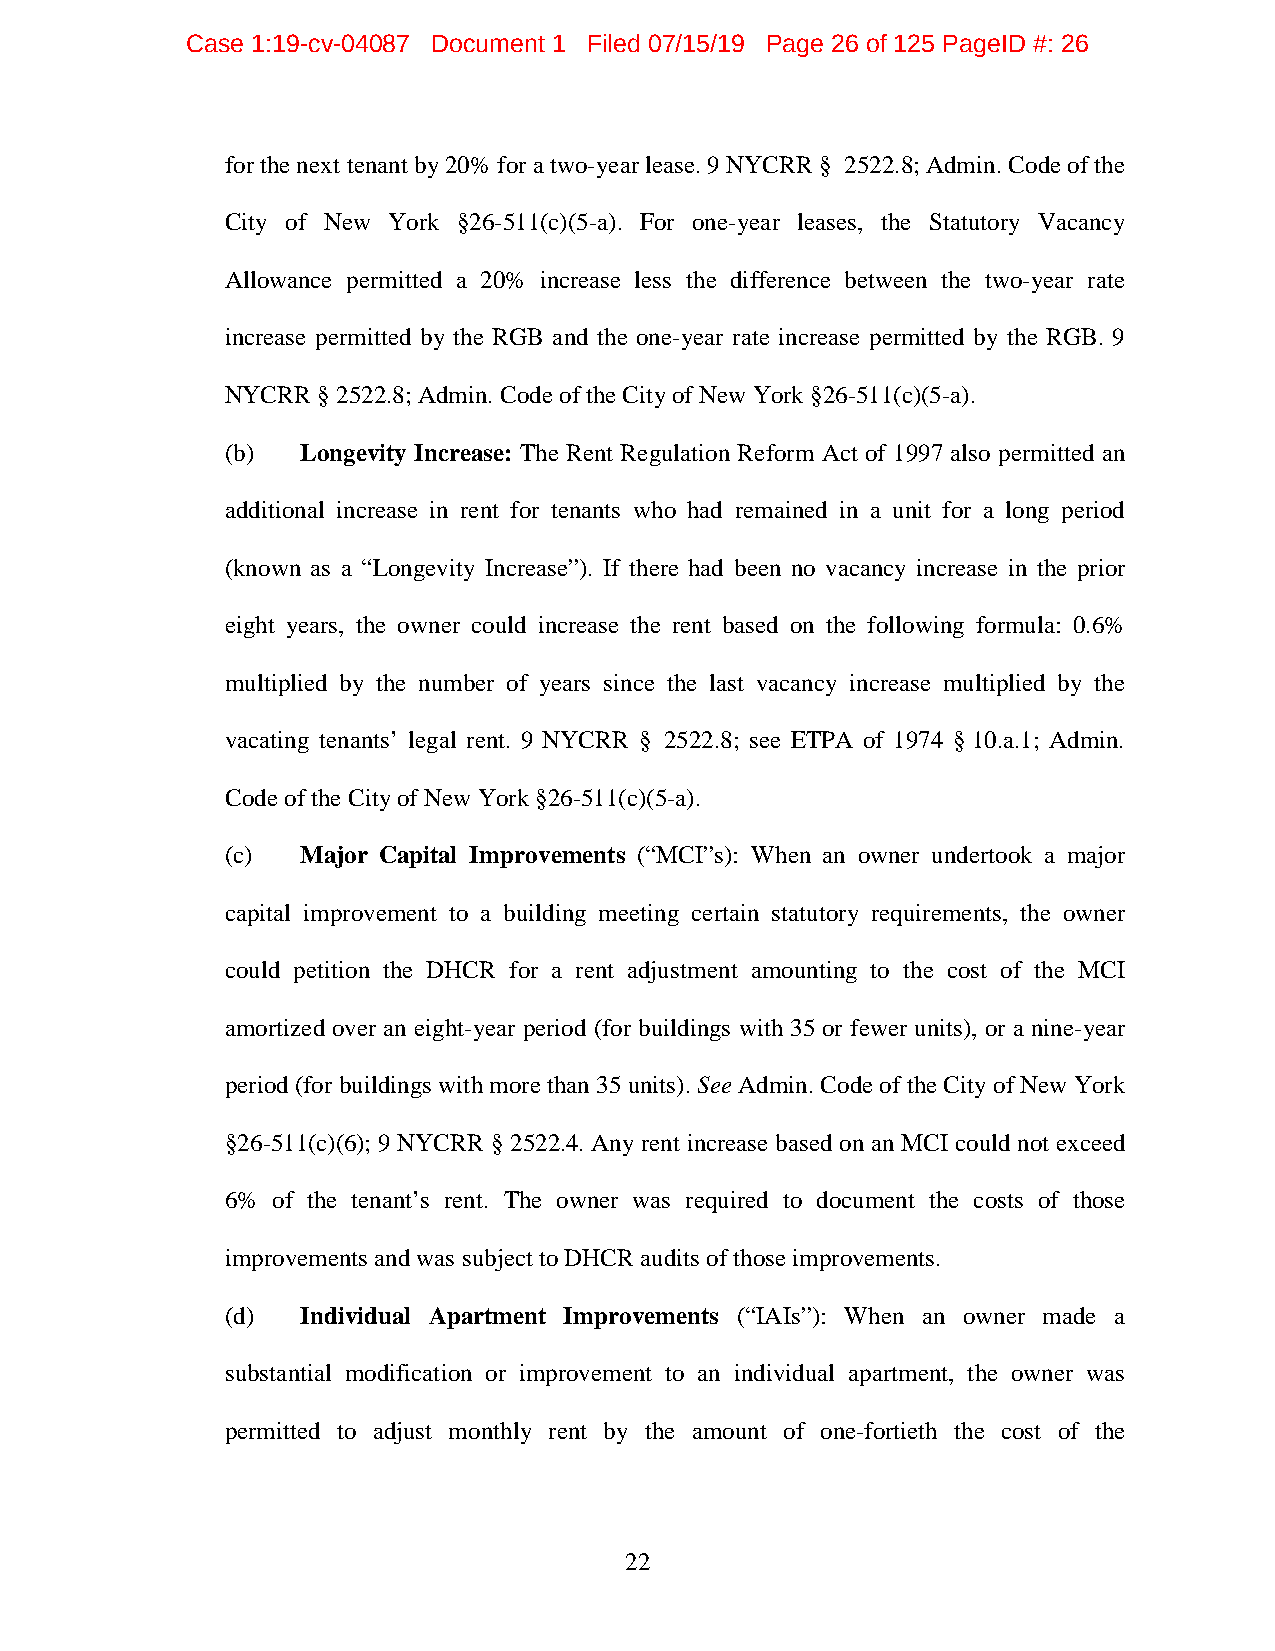
Case 1:19-cv-04087 Document 1 Filed 07/15/19 Page 26 of 125 PageID #: 26
 for the next tenant by 20% for a two-year lease. 9 NYCRR § 2522.8; Admin. Code of the
 City of New York §26-511(c)(5-a). For one-year leases, the Statutory Vacancy
 Allowance permitted a 20% increase less the difference between the two-year rate
 increase permitted by the RGB and the one-year rate increase permitted by the RGB. 9
 NYCRR § 2522.8; Admin. Code of the City of New York §26-511(c)(5-a).
 (b)  Longevity Increase: The Rent Regulation Reform Act of 1997 also permitted an
 additional increase in rent for tenants who had remained in a unit for a long period
 (known as a “Longevity Increase”). If there had been no vacancy increase in the prior
 eight years, the owner could increase the rent based on the following formula: 0.6%
 multiplied by the number of years since the last vacancy increase multiplied by the
 vacating tenants’ legal rent. 9 NYCRR § 2522.8; see ETPA of 1974 § 10.a.1; Admin.
 Code of the City of New York §26-511(c)(5-a).
 (c)  Major Capital Improvements (“MCI”s): When an owner undertook a major
 capital improvement to a building meeting certain statutory requirements, the owner
 could petition the DHCR for a rent adjustment amounting to the cost of the MCI
 amortized over an eight-year period (for buildings with 35 or fewer units), or a nine-year
 period (for buildings with more than 35 units). See Admin. Code of the City of New York
 §26-511(c)(6); 9 NYCRR § 2522.4. Any rent increase based on an MCI could not exceed
 6% of the tenant’s rent. The owner was required to document the costs of those
 improvements and was subject to DHCR audits of those improvements.
 (d)  Individual Apartment Improvements (“IAIs”): When an owner made a
 substantial modification or improvement to an individual apartment, the owner was
 permitted to adjust monthly rent by the amount of one-fortieth the cost of the
 22